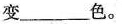
变___色。